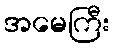
အမေကြီး